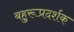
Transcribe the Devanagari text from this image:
बहुरूप्रदर्शक